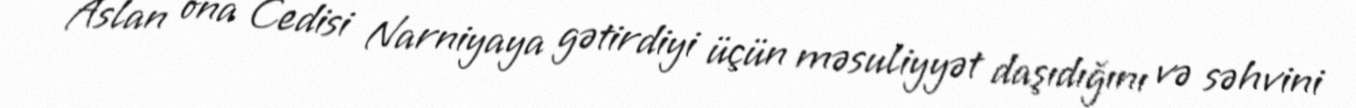
Aslan ona Cedisi Narniyaya gətirdiyi üçün məsuliyyət daşıdığını və səhvini